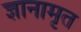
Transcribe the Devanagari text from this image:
ज्ञानामृत